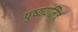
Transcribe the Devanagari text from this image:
पुष्ययमित्र